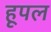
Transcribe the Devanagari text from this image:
हूपल